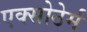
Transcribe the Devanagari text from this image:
एक्सोठेर्म